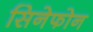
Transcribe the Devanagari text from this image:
सिनेफोन